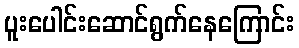
ပူးပေါင်းဆောင်ရွက်နေကြောင်း